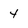
Character: 4